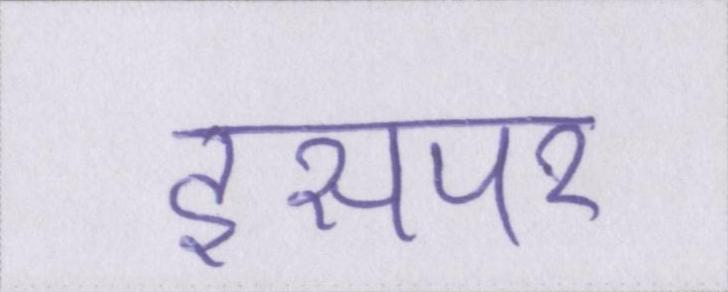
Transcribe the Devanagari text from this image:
इसपर